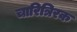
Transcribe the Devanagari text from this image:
चारित्रिरक